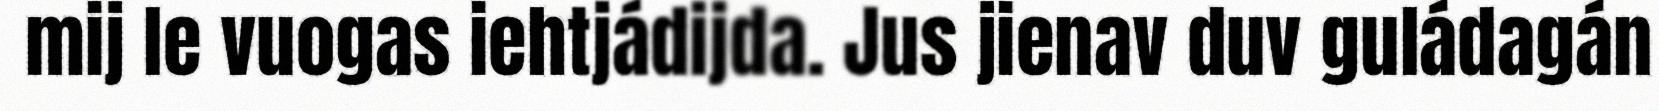
mij le vuogas iehtjádijda. Jus jienav duv guládagán